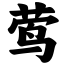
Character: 莺